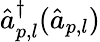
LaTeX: \hat{a}_{p,l}^{\dagger}(\hat{a}_{p,l})